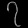
Digit: ၇